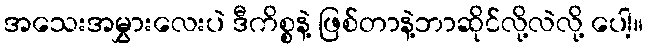
အသေးအမွှားလေးပဲ ဒီကိစ္စနဲ့ ဖြစ်တာနဲ့ဘာဆိုင်လို့လဲလို့ ပေါ့။